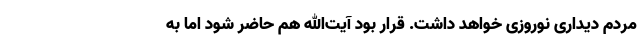
مردم دیداری نوروزی خواهد داشت. قرار بود آیت‌الله هم حاضر شود اما به